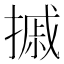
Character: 摵